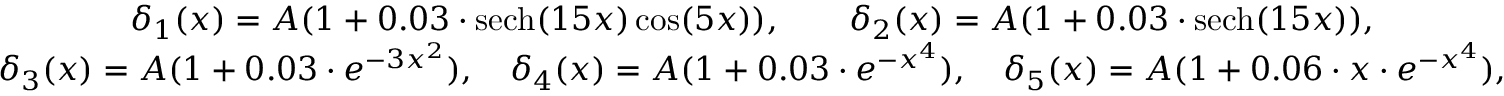
\begin{array} { c } { \delta _ { 1 } ( x ) = A ( 1 + 0 . 0 3 \cdot \mathrm { s e c h } ( 1 5 x ) \cos ( 5 x ) ) , \qquad \delta _ { 2 } ( x ) = A ( 1 + 0 . 0 3 \cdot \mathrm { s e c h } ( 1 5 x ) ) , } \\ { \delta _ { 3 } ( x ) = A ( 1 + 0 . 0 3 \cdot e ^ { - 3 x ^ { 2 } } ) , \quad \delta _ { 4 } ( x ) = A ( 1 + 0 . 0 3 \cdot e ^ { - x ^ { 4 } } ) , \quad \delta _ { 5 } ( x ) = A ( 1 + 0 . 0 6 \cdot x \cdot e ^ { - x ^ { 4 } } ) , } \end{array}